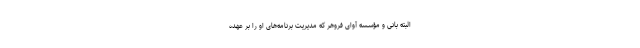
البته بانی و مؤسسه آوای فروهر که مدیریت برنامه‌های او را بر عهده